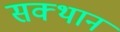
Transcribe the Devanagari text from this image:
सक्थान